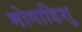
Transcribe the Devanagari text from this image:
मोगाडिशु